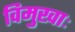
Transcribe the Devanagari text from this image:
विमुखाः